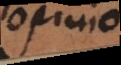
opinio